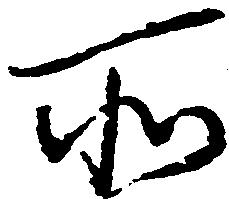
所